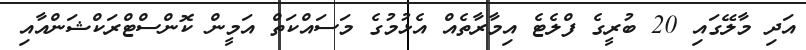
އަދި މާލޭގައި 20 ބުރީގެ ފްލެޓެ އިމާރާތެއް އެޅުމުގެ މަސައްކަތް އަމީން ކޮންސްޓްރަކްޝަންއާއި